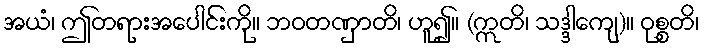
အယံ၊ ဤတရားအပေါင်းကို။ ဘဝတဏှာတိ၊ ဟူ၍။ (ဣတိ၊ သဒ္ဒါကျေ)။ ဝုစ္စတိ၊